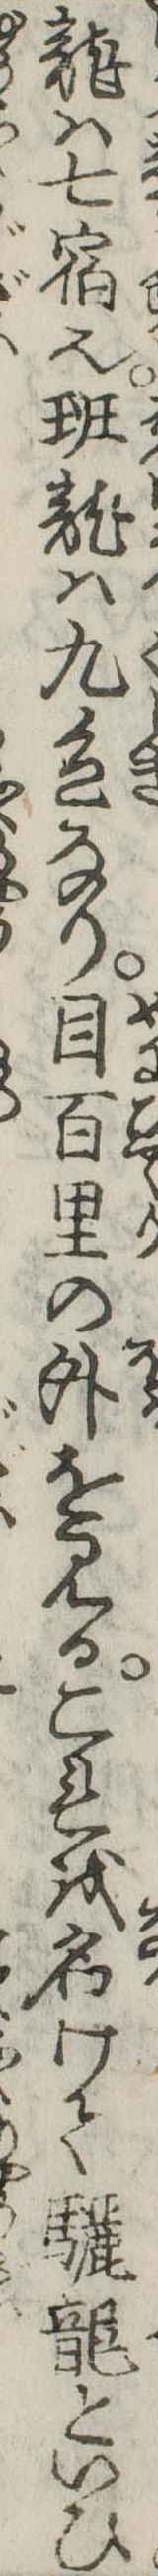
竜は七宿也班竜は九色なり目百里の外を見るこれを名けて驪竜といひ